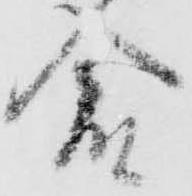
倉